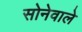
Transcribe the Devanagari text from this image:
सोनेवाले